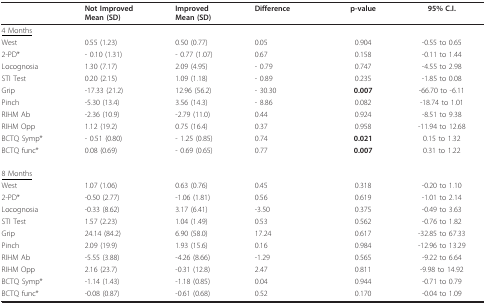
<table><thead><tr><td></td><td><b>Not ImprovedMean (SD)</b></td><td><b>ImprovedMean (SD)</b></td><td><b>Difference</b></td><td><b>p-value</b></td><td><b>95% C.I.</b></td></tr></thead><tbody><tr><td><underline>4 Months</underline></td><td></td><td></td><td></td><td></td><td></td></tr><tr><td>West</td><td>0.55 (1.23)</td><td>0.50 (0.77)</td><td>0.05</td><td>0.904</td><td>-0.55 to 0.65</td></tr><tr><td>2-PD*</td><td>- 0.10 (1.31)</td><td>- 0.77 (1.07)</td><td>0.67</td><td>0.158</td><td>-0.11 to 1.44</td></tr><tr><td>Locognosia</td><td>1.30 (7.17)</td><td>2.09 (4.95)</td><td>- 0.79</td><td>0.747</td><td>-4.55 to 2.98</td></tr><tr><td>STI Test</td><td>0.20 (2.15)</td><td>1.09 (1.18)</td><td>- 0.89</td><td>0.235</td><td>-1.85 to 0.08</td></tr><tr><td>Grip</td><td>-17.33 (21.2)</td><td>12.96 (56.2)</td><td>- 30.30</td><td><b>0.007</b></td><td>-66.70 to -6.11</td></tr><tr><td>Pinch</td><td>-5.30 (13.4)</td><td>3.56 (14.3)</td><td>- 8.86</td><td>0.082</td><td>-18.74 to 1.01</td></tr><tr><td>RIHM Ab</td><td>-2.36 (10.9)</td><td>-2.79 (11.0)</td><td>0.44</td><td>0.924</td><td>-8.51 to 9.38</td></tr><tr><td>RIHM Opp</td><td>1.12 (19.2)</td><td>0.75 (16.4)</td><td>0.37</td><td>0.958</td><td>-11.94 to 12.68</td></tr><tr><td>BCTQ Symp*</td><td>- 0.51 (0.80)</td><td>- 1.25 (0.85)</td><td>0.74</td><td><b>0.021</b></td><td>0.15 to 1.32</td></tr><tr><td>BCTQ func*</td><td>0.08 (0.69)</td><td>- 0.69 (0.65)</td><td>0.77</td><td><b>0.007</b></td><td>0.31 to 1.22</td></tr><tr><td><underline>8 Months</underline></td><td></td><td></td><td></td><td></td><td></td></tr><tr><td>West</td><td>1.07 (1.06)</td><td>0.63 (0.76)</td><td>0.45</td><td>0.318</td><td>-0.20 to 1.10</td></tr><tr><td>2-PD*</td><td>-0.50 (2.77)</td><td>-1.06 (1.81)</td><td>0.56</td><td>0.619</td><td>-1.01 to 2.14</td></tr><tr><td>Locognosia</td><td>-0.33 (8.62)</td><td>3.17 (6.41)</td><td>-3.50</td><td>0.375</td><td>-0.49 to 3.63</td></tr><tr><td>STI Test</td><td>1.57 (2.23)</td><td>1.04 (1.49)</td><td>0.53</td><td>0.562</td><td>-0.76 to 1.82</td></tr><tr><td>Grip</td><td>24.14 (84.2)</td><td>6.90 (58.0)</td><td>17.24</td><td>0.617</td><td>-32.85 to 67.33</td></tr><tr><td>Pinch</td><td>2.09 (19.9)</td><td>1.93 (15.6)</td><td>0.16</td><td>0.984</td><td>-12.96 to 13.29</td></tr><tr><td>RIHM Ab</td><td>-5.55 (3.88)</td><td>-4.26 (8.66)</td><td>-1.29</td><td>0.565</td><td>-9.22 to 6.64</td></tr><tr><td>RIHM Opp</td><td>2.16 (23.7)</td><td>-0.31 (12.8)</td><td>2.47</td><td>0.811</td><td>-9.98 to 14.92</td></tr><tr><td>BCTQ Symp*</td><td>-1.14 (1.43)</td><td>-1.18 (0.85)</td><td>0.04</td><td>0.944</td><td>-0.71 to 0.79</td></tr><tr><td>BCTQ func*</td><td>-0.08 (0.87)</td><td>-0.61 (0.68)</td><td>0.52</td><td>0.170</td><td>-0.04 to 1.09</td></tr></tbody></table>